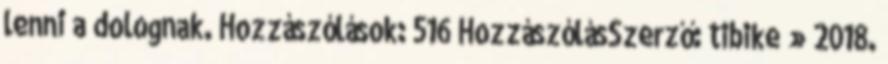
lenni a dolognak. Hozzászólások: 516 HozzászólásSzerző: tibike » 2018.